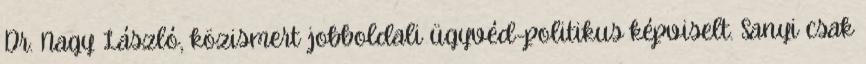
Dr. Nagy László, közismert jobboldali ügyvéd-politikus képviselt. Sanyi csak